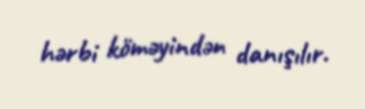
hərbi köməyindən danışılır.